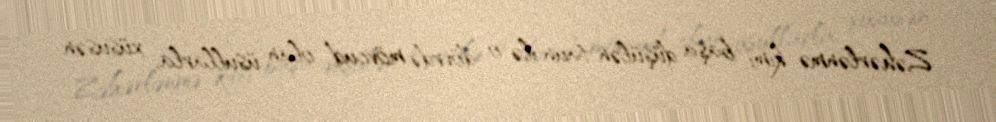
Zəhərlənmə kimi başa düşülən taun ilə o dövrdə mövcud olan üsullarla, xüsusən